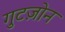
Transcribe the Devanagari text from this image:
गुटज़ोन